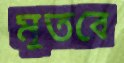
মুতবে